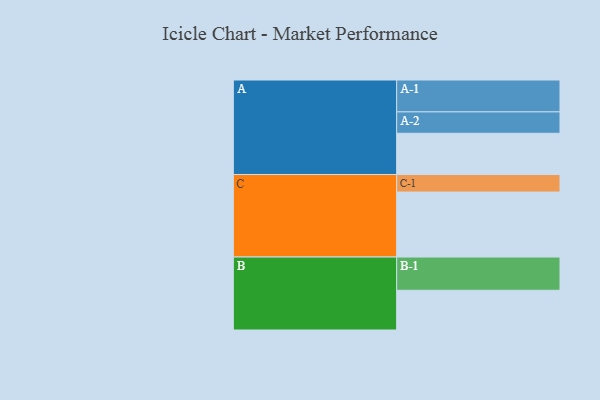
{"axis": {"x": "Segment", "y": "Value"}, "legend": ["", "A", "B", "C"], "data": [{"x": "A", "y": 331, "type": ""}, {"x": "B", "y": 319, "type": ""}, {"x": "C", "y": 522, "type": ""}, {"x": "A-1", "y": 256, "type": "A"}, {"x": "A-2", "y": 172, "type": "A"}, {"x": "B-1", "y": 267, "type": "B"}, {"x": "C-1", "y": 141, "type": "C"}]}